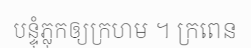
បន្ទុំភ្លុកឲ្យក្រហម ។ ក្រពេន